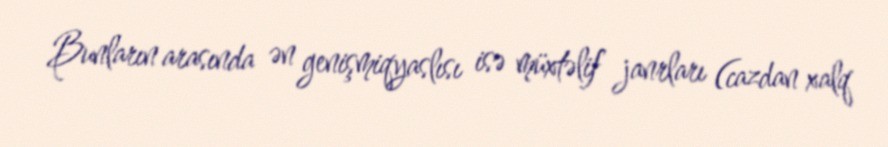
Bunların arasında ən genişmiqyaslısı isə müxtəlif janrları (cazdan xalq